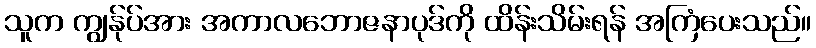
သူက ကျွန်ုပ်အား အကာလဘောဇနာပုဒ်ကို ထိန်းသိမ်းရန် အကြံပေးသည်။